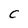
Character: C